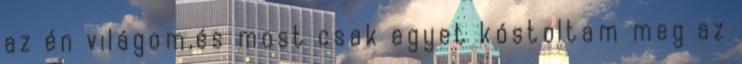
az én világom,és most csak egyet kóstoltam meg az